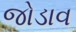
જોડાવ